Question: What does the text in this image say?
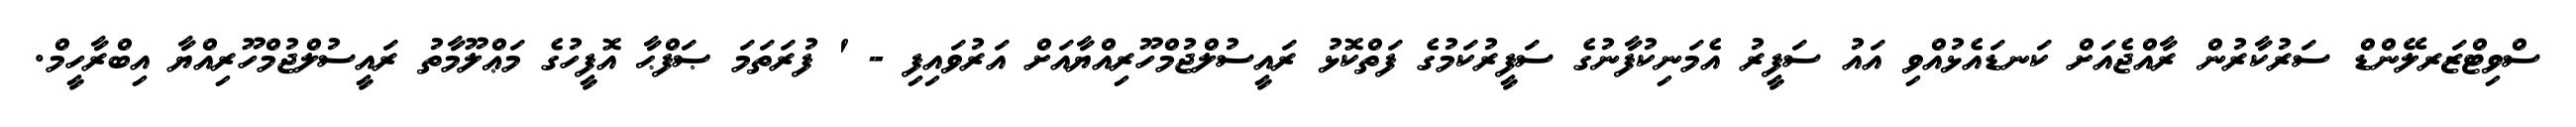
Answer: ސްވިޓްޒަރލޭންޑް ސަރުކާރުން ރާއްޖެއަށް ކަނޑައެޅުއްވި އައު ސަފީރު އެމަނިކުފާނުގެ ސަފީރުކަމުގެ ފަތްކޮޅު ރައީސުލްޖުމްހޫރިއްޔާއަށް އަރުވައިފި - ' ފުރަތަމަ ޞަފްޙާ އޮފީހުގެ މަޢްލޫމާތު ރައީސުލްޖުމްހޫރިއްޔާ އިބްރާހީމް.